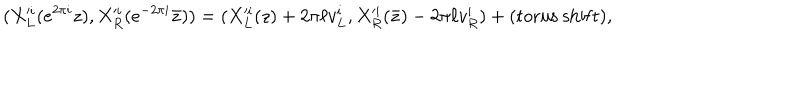
LaTeX: ( X _ { L } ^ { \prime i } ( e ^ { 2 \pi i } z ) , X _ { R } ^ { \prime i } ( e ^ { - 2 \pi i } \bar { z } ) ) = ( X _ { L } ^ { \prime i } ( z ) + 2 \pi \ell v _ { L } ^ { i } , X _ { R } ^ { \prime i } ( \bar { z } ) - 2 \pi \ell v _ { R } ^ { i } ) + ( \mathrm { t o r u s \ s h i f t } ) ,